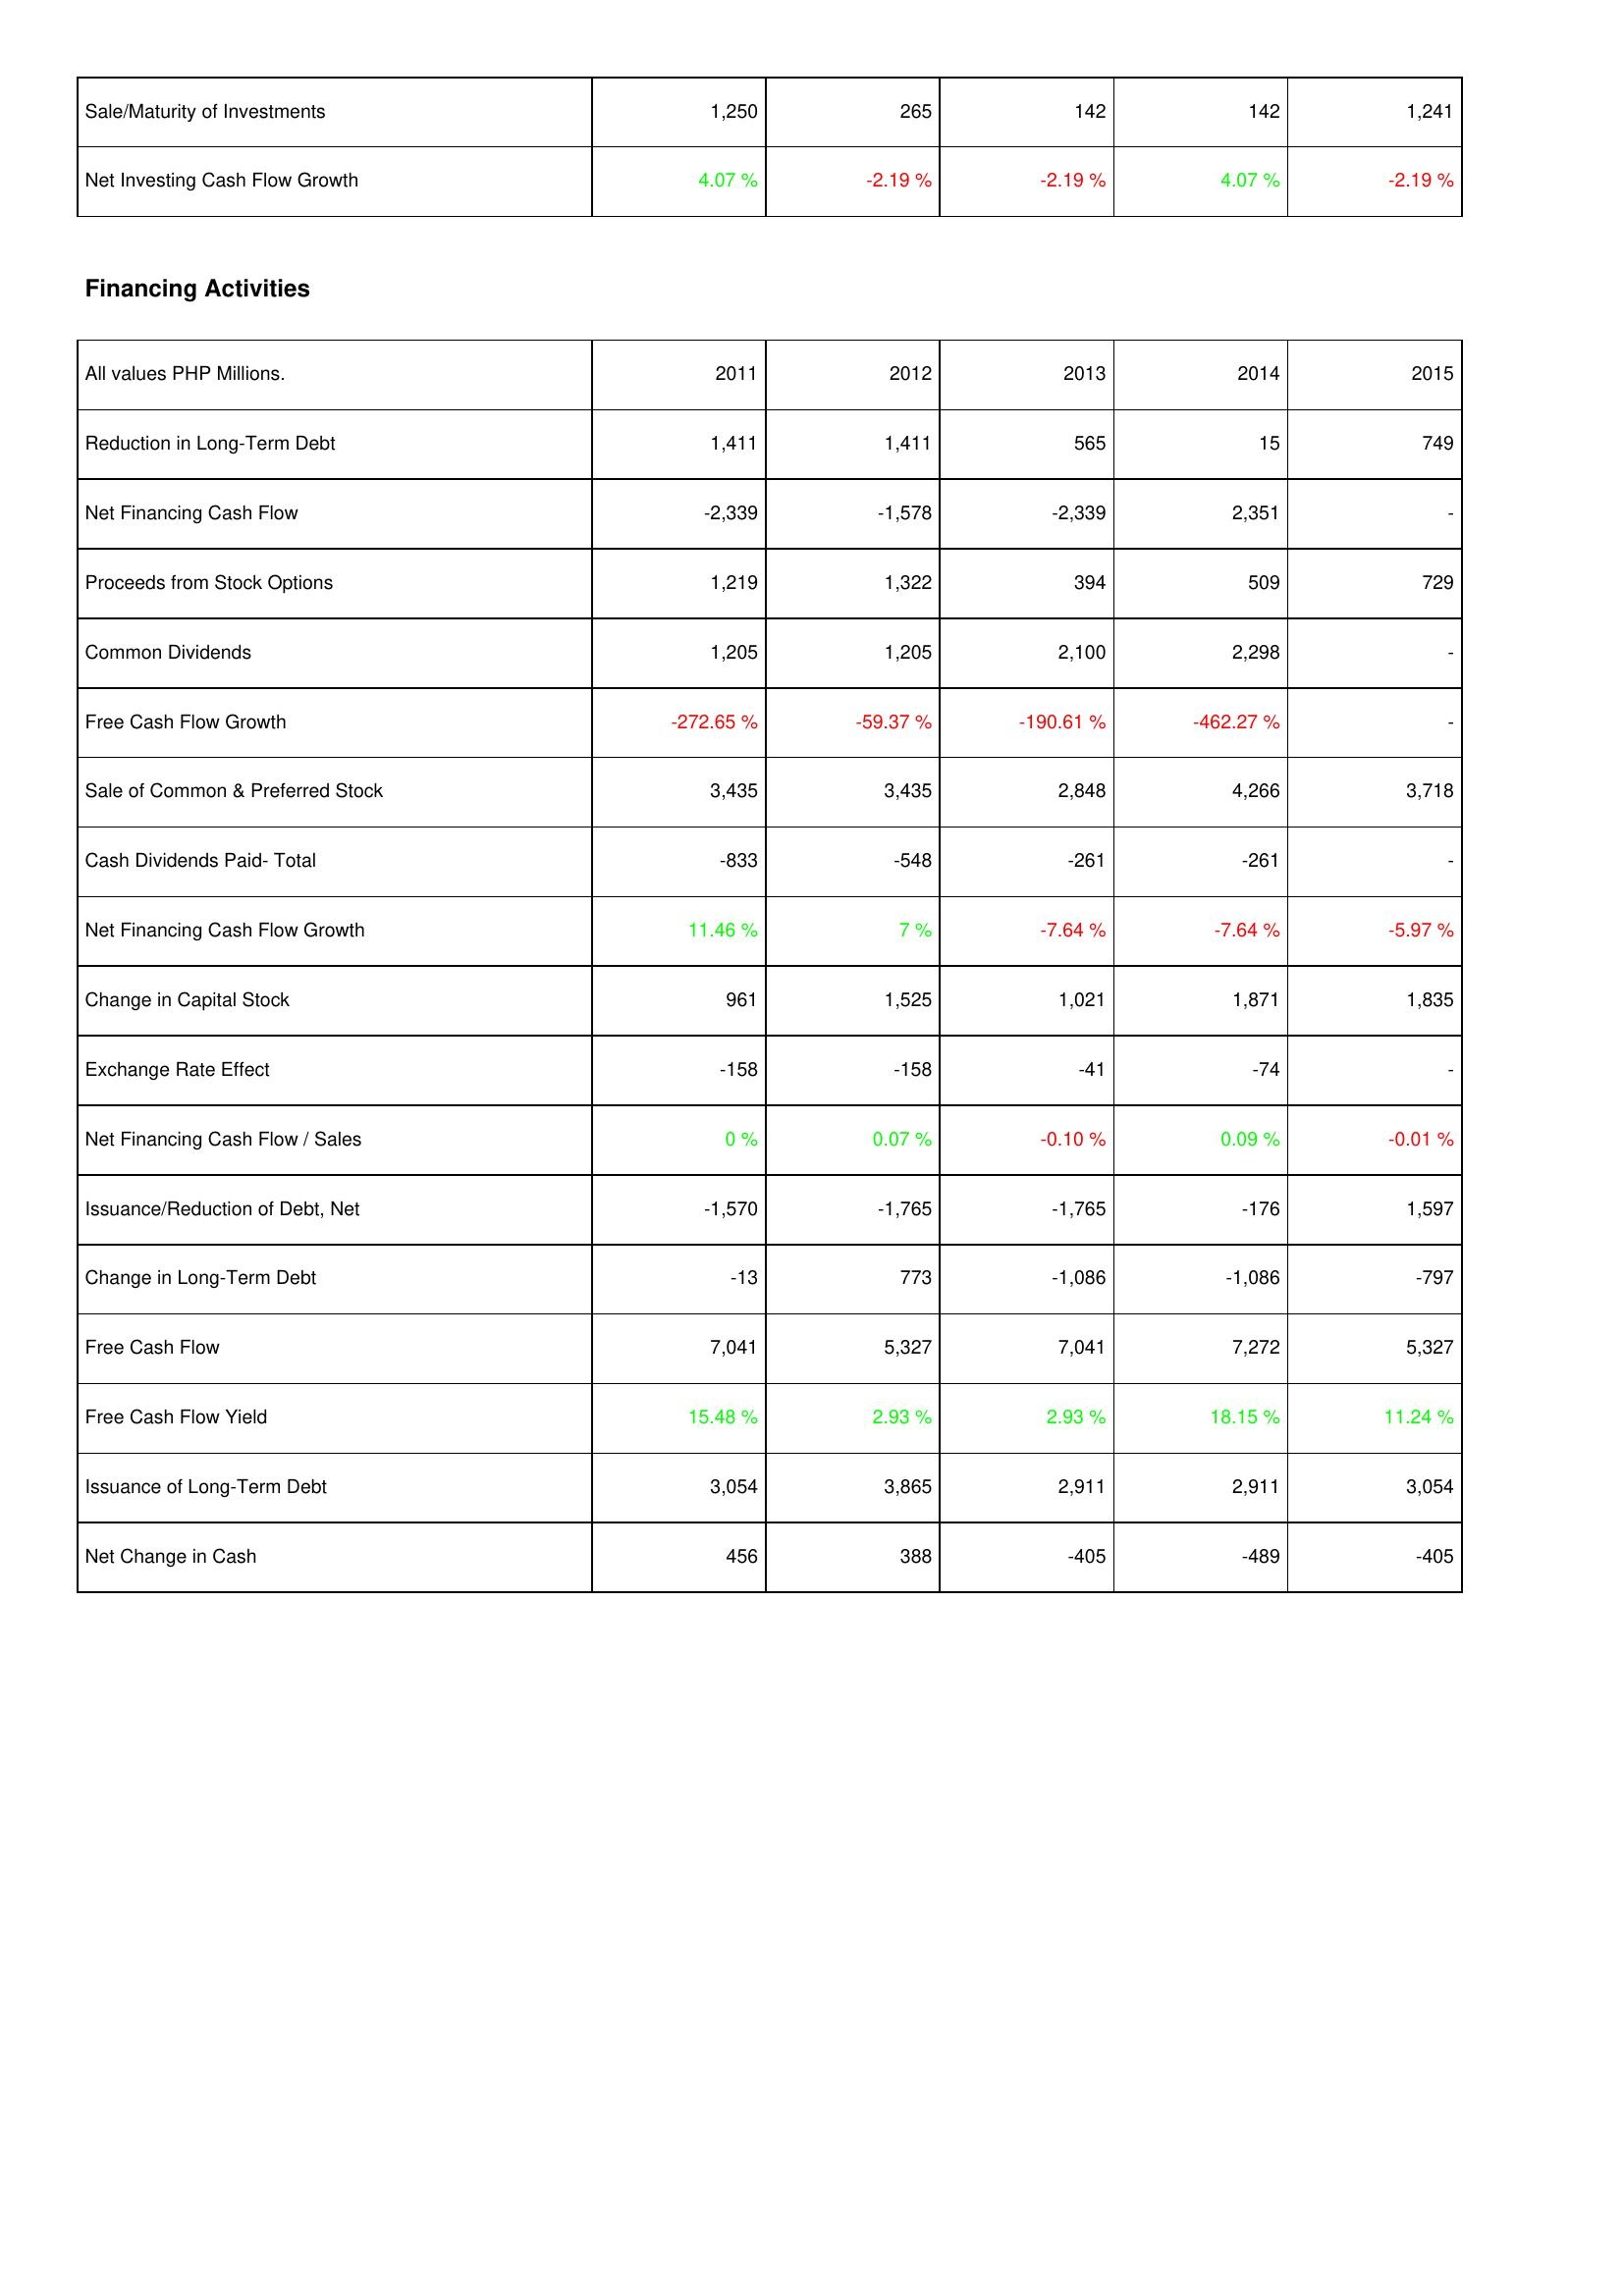
2011: Investing Activities: Sale/Maturity of Investments: 1,250
Net Investing Cash Flow Growth: 4.07 %
Financing Activities: Reduction in Long-Term Debt: 1,411
Net Financing Cash Flow: -2,339
Proceeds from Stock Options: 1,219
Common Dividends: 1,205
Free Cash Flow Growth: -272.65 %
Sale of Common & Preferred Stock: 3,435
Cash Dividends Paid- Total: -833
Net Financing Cash Flow Growth: 11.46 %
Change in Capital Stock: 961
Exchange Rate Effect: -158
Net Financing Cash Flow / Sales: 0 %
Issuance/Reduction of Debt, Net: -1,570
Change in Long-Term Debt: -13
Free Cash Flow: 7,041
Free Cash Flow Yield: 15.48 %
Issuance of Long-Term Debt: 3,054
Net Change in Cash: 456
2012: Investing Activities: Sale/Maturity of Investments: 265
Net Investing Cash Flow Growth: -2.19 %
Financing Activities: Reduction in Long-Term Debt: 1,411
Net Financing Cash Flow: -1,578
Proceeds from Stock Options: 1,322
Common Dividends: 1,205
Free Cash Flow Growth: -59.37 %
Sale of Common & Preferred Stock: 3,435
Cash Dividends Paid- Total: -548
Net Financing Cash Flow Growth: 7 %
Change in Capital Stock: 1,525
Exchange Rate Effect: -158
Net Financing Cash Flow / Sales: 0.07 %
Issuance/Reduction of Debt, Net: -1,765
Change in Long-Term Debt: 773
Free Cash Flow: 5,327
Free Cash Flow Yield: 2.93 %
Issuance of Long-Term Debt: 3,865
Net Change in Cash: 388
2013: Investing Activities: Sale/Maturity of Investments: 142
Net Investing Cash Flow Growth: -2.19 %
Financing Activities: Reduction in Long-Term Debt: 565
Net Financing Cash Flow: -2,339
Proceeds from Stock Options: 394
Common Dividends: 2,100
Free Cash Flow Growth: -190.61 %
Sale of Common & Preferred Stock: 2,848
Cash Dividends Paid- Total: -261
Net Financing Cash Flow Growth: -7.64 %
Change in Capital Stock: 1,021
Exchange Rate Effect: -41
Net Financing Cash Flow / Sales: -0.10 %
Issuance/Reduction of Debt, Net: -1,765
Change in Long-Term Debt: -1,086
Free Cash Flow: 7,041
Free Cash Flow Yield: 2.93 %
Issuance of Long-Term Debt: 2,911
Net Change in Cash: -405
2014: Investing Activities: Sale/Maturity of Investments: 142
Net Investing Cash Flow Growth: 4.07 %
Financing Activities: Reduction in Long-Term Debt: 15
Net Financing Cash Flow: 2,351
Proceeds from Stock Options: 509
Common Dividends: 2,298
Free Cash Flow Growth: -462.27 %
Sale of Common & Preferred Stock: 4,266
Cash Dividends Paid- Total: -261
Net Financing Cash Flow Growth: -7.64 %
Change in Capital Stock: 1,871
Exchange Rate Effect: -74
Net Financing Cash Flow / Sales: 0.09 %
Issuance/Reduction of Debt, Net: -176
Change in Long-Term Debt: -1,086
Free Cash Flow: 7,272
Free Cash Flow Yield: 18.15 %
Issuance of Long-Term Debt: 2,911
Net Change in Cash: -489
2015: Investing Activities: Sale/Maturity of Investments: 1,241
Net Investing Cash Flow Growth: -2.19 %
Financing Activities: Reduction in Long-Term Debt: 749
Net Financing Cash Flow: -
Proceeds from Stock Options: 729
Common Dividends: -
Free Cash Flow Growth: -
Sale of Common & Preferred Stock: 3,718
Cash Dividends Paid- Total: -
Net Financing Cash Flow Growth: -5.97 %
Change in Capital Stock: 1,835
Exchange Rate Effect: -
Net Financing Cash Flow / Sales: -0.01 %
Issuance/Reduction of Debt, Net: 1,597
Change in Long-Term Debt: -797
Free Cash Flow: 5,327
Free Cash Flow Yield: 11.24 %
Issuance of Long-Term Debt: 3,054
Net Change in Cash: -405